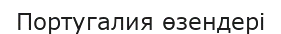
Португалия өзендері